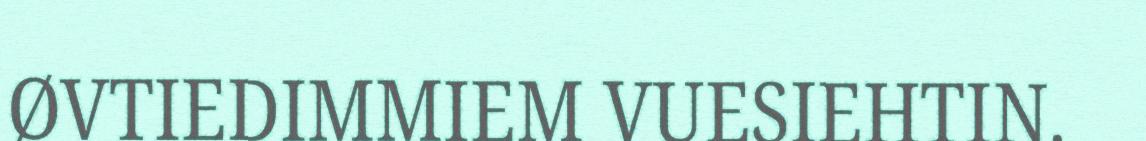
ØVTIEDIMMIEM VUESIEHTIN.